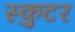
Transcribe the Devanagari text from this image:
स्कुटर